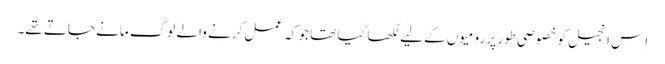
اِس انجیل کو خصوصی طور پر رومیوں کے لیے لکھا گیا تھا جو کہ عمل کرنے والے لوگ مانے جاتے تھے۔